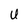
Character: u